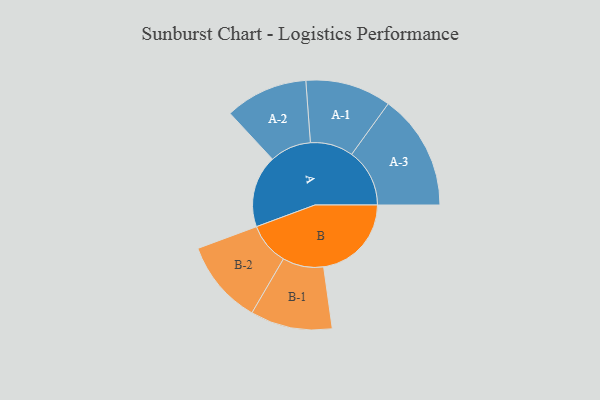
{"axis": {"x": "Segment", "y": "Value"}, "legend": ["", "A", "B"], "data": [{"x": "A", "y": 370, "type": ""}, {"x": "B", "y": 450, "type": ""}, {"x": "A-1", "y": 220, "type": "A"}, {"x": "A-2", "y": 212, "type": "A"}, {"x": "A-3", "y": 297, "type": "A"}, {"x": "B-1", "y": 210, "type": "B"}, {"x": "B-2", "y": 216, "type": "B"}]}